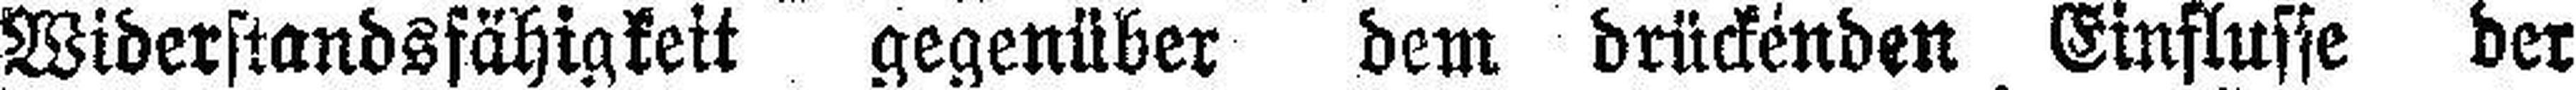
Widerstandsfähigkeit gegenüber dem drückenden Einflüsse der